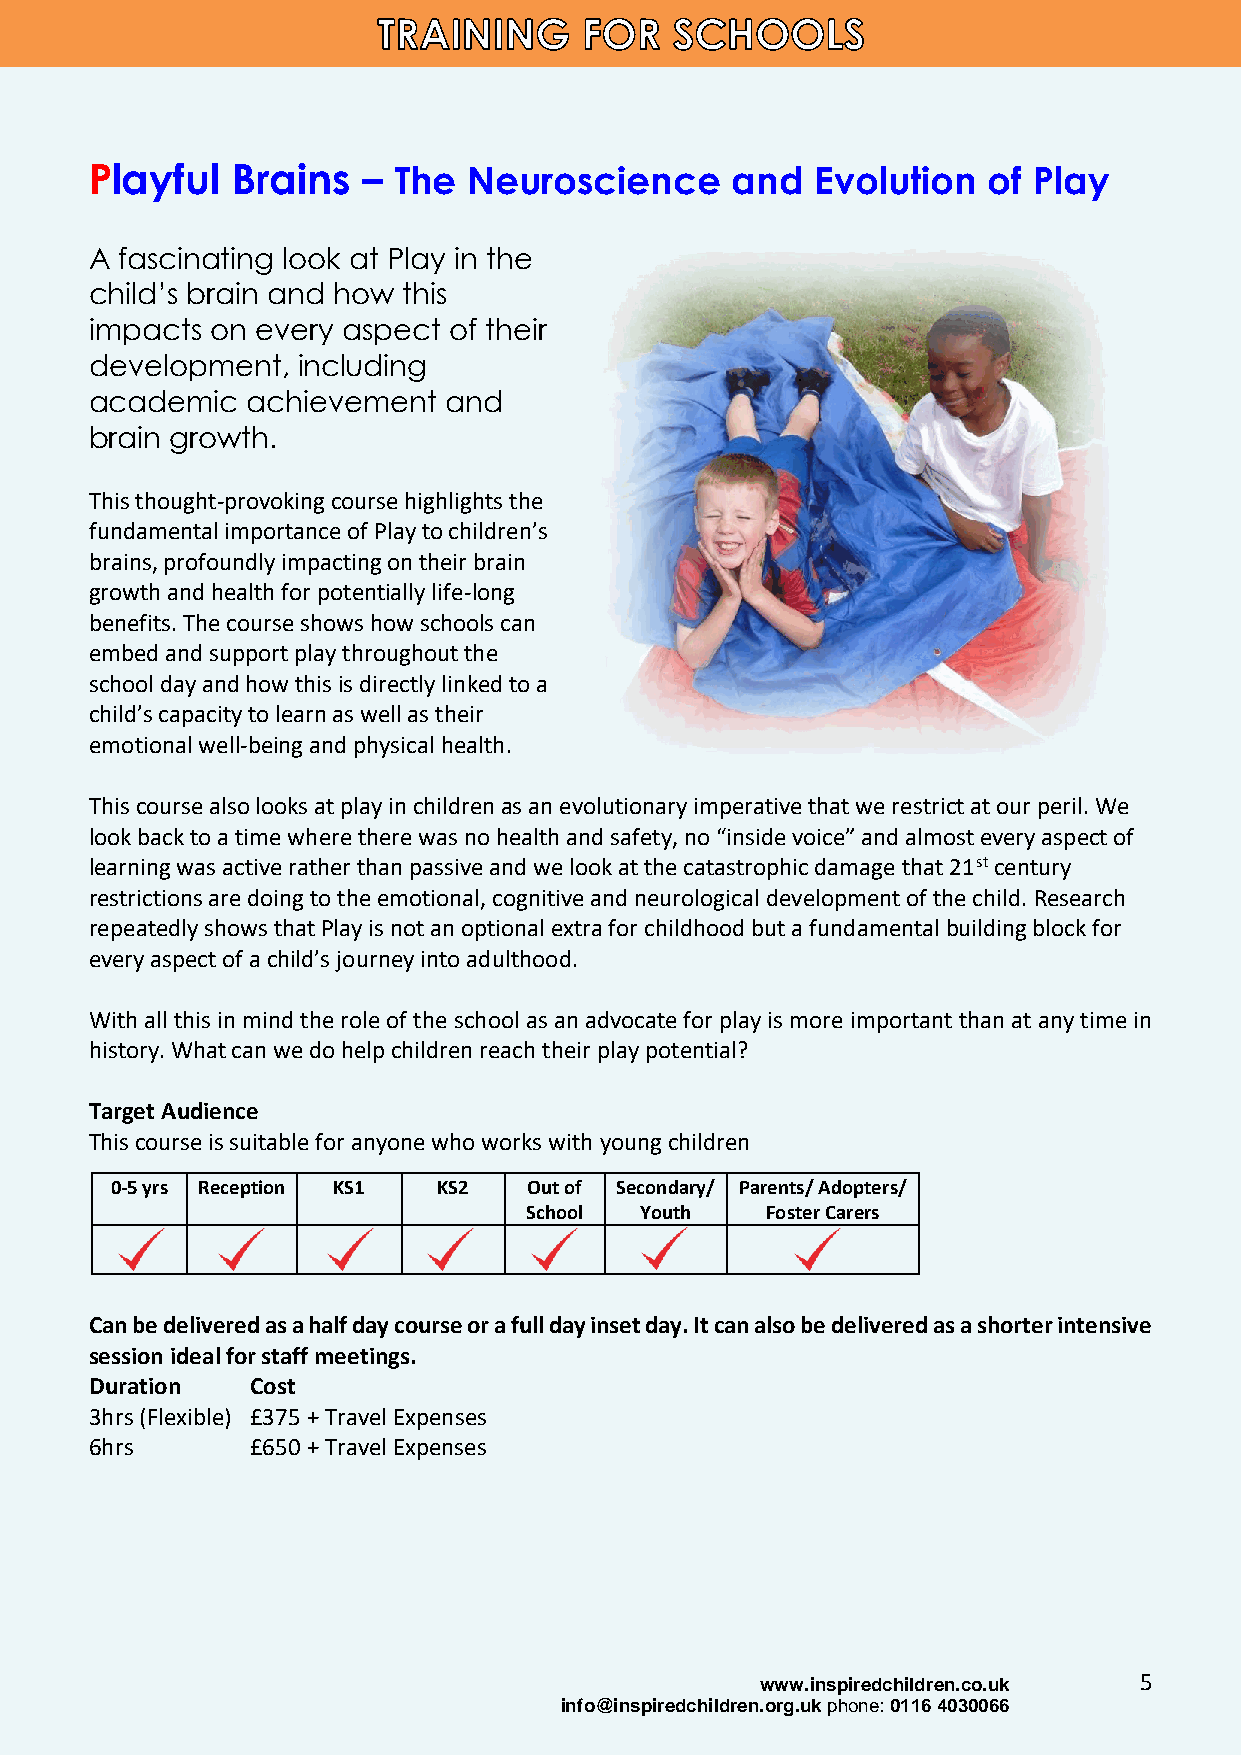
Playful  Brains   – The  Neuroscience     and   Evolution  of Play
 A fascinating look at Play in the
 child’s brain and how this
 impacts on every aspect of their
 development,  including
 academic  achievement  and
 brain growth.
 This thought-provoking course highlights the
 fundamental importance of Play to children’s
 brains, profoundly impacting on their brain
 growth and health for potentially life-long
 benefits. The course shows how schools can
 embed and support play throughout the
 school day and how this is directly linked to a
 child’s capacity to learn as well as their
 emotional well-being and physical health.
 This course also looks at play in children as an evolutionary imperative that we restrict at our peril. We
 look back to a time where there was no health and safety, no “inside voice” and almost every aspect of
 learning was active rather than passive and we look at the catastrophic damage that 21st century
 restrictions are doing to the emotional, cognitive and neurological development of the child. Research
 repeatedly shows that Play is not an optional extra for childhood but a fundamental building block for
 every aspect of a child’s journey into adulthood.
 With all this in mind the role of the school as an advocate for play is more important than at any time in
 history. What can we do help children reach their play potential?
 Target Audience
 This course is suitable for anyone who works with young children
 0-5 yrs Reception KS1 KS2   Out of Secondary/ Parents/ Adopters/
 School Youth    Foster Carers
 Can be delivered as a half day course or a full day inset day. It can also be delivered as a shorter intensive
 session ideal for staff meetings.
 Duration   Cost
 3hrs (Flexible) £375 + Travel Expenses
 6hrs       £650 + Travel Expenses
 www.inspiredchildren.co.uk 5
 info@inspiredchildren.org.uk phone: 0116 4030066